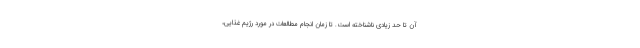
آن تا حد زیادی ناشناخته است. تا زمان انجام مطالعات در مورد رژیم غذایی،